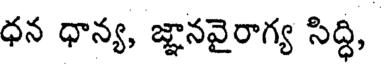
ధన ధాన్య, జ్ఞానవైరాగ్య సిద్ధి,